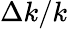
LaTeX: \Delta k/k